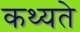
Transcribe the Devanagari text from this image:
कथ्यते